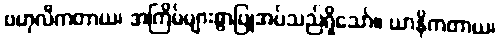
ဗဟုလီကတာယ၊ အကြိမ်များစွာပြုအပ်သည်ရှိသော်။ ယာနိကတာယ၊